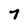
Character: 7